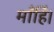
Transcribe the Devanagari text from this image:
माँहिं।